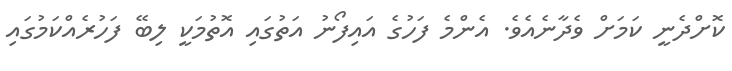
ކޮށްދެނީ ކަމަށް ވެދާނެއެވެ. އެންމެ ފަހުގެ އައިފޯނު އަތުގައި އޮތުމަކީ ލިބޭ ފަހުރެއްކަމުގައި